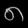
Digit: ၈